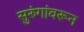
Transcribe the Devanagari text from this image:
सुरुंगांवरून